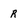
Character: R